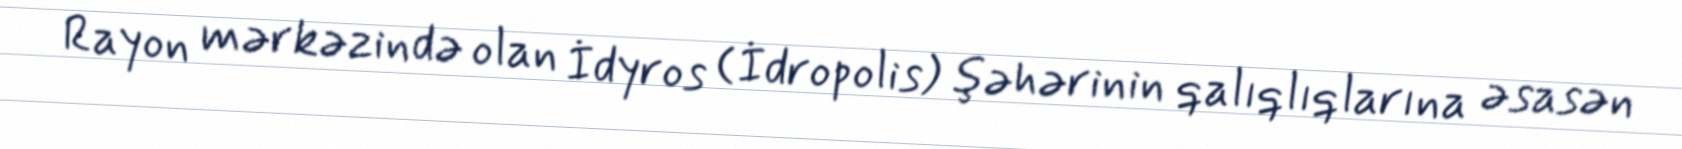
Rayon mərkəzində olan İdyros (İdropolis) şəhərinin qalıqlıqlarına əsasən